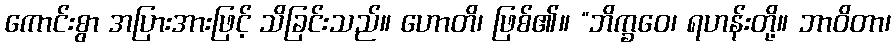
ကောင်းစွာ အပြားအားဖြင့် သိခြင်းသည်။ ဟောတိ၊ ဖြစ်၏။ “ဘိက္ခဝေ၊ ရဟန်းတို့။ ဘာဝိတာ၊